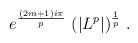
LaTeX: \begin{align*}e^{\frac{(2m+1)i\pi}{p}}\ (|L^p|)^{\frac{1}{p}}\ .\end{align*}